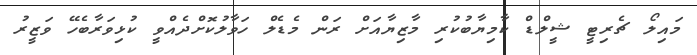
މައިލޯ ޗެރިޓީ ޝީލްޑް ކާމިޔާބުކުރި މާޒިޔާއަށް ރަން މެޑެލް ހަވާލުކޮށްދެއްވީ ކުޅިވަރާބެހޭ ވަޒީރު